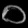
Digit: ၀